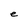
Character: e